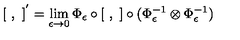
[ \ , \ ] ^ { ' } = \lim _ { \epsilon \to 0 } \Phi _ { \epsilon } \circ [ \ , \ ] \circ ( \Phi _ { \epsilon } ^ { - 1 } \otimes \Phi _ { \epsilon } ^ { - 1 } )